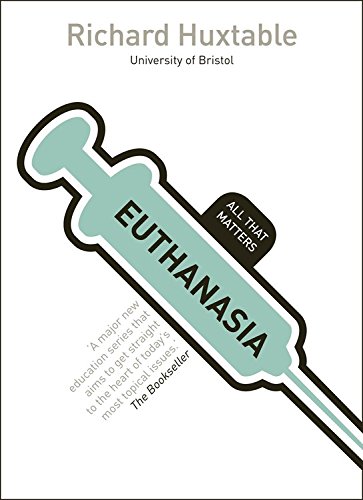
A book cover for Euthanasia: All That Matters; Richard Huxtable; Law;